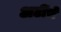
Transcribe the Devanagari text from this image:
अटींचे